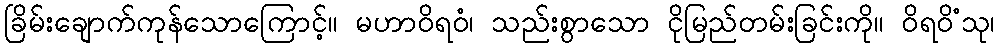
ခြိမ်းချောက်ကုန်သောကြောင့်။ မဟာဝိရဝံ၊ သည်းစွာသော ငိုမြည်တမ်းခြင်းကို။ ဝိရဝိံသု၊